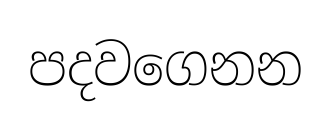
පදවගෙනන